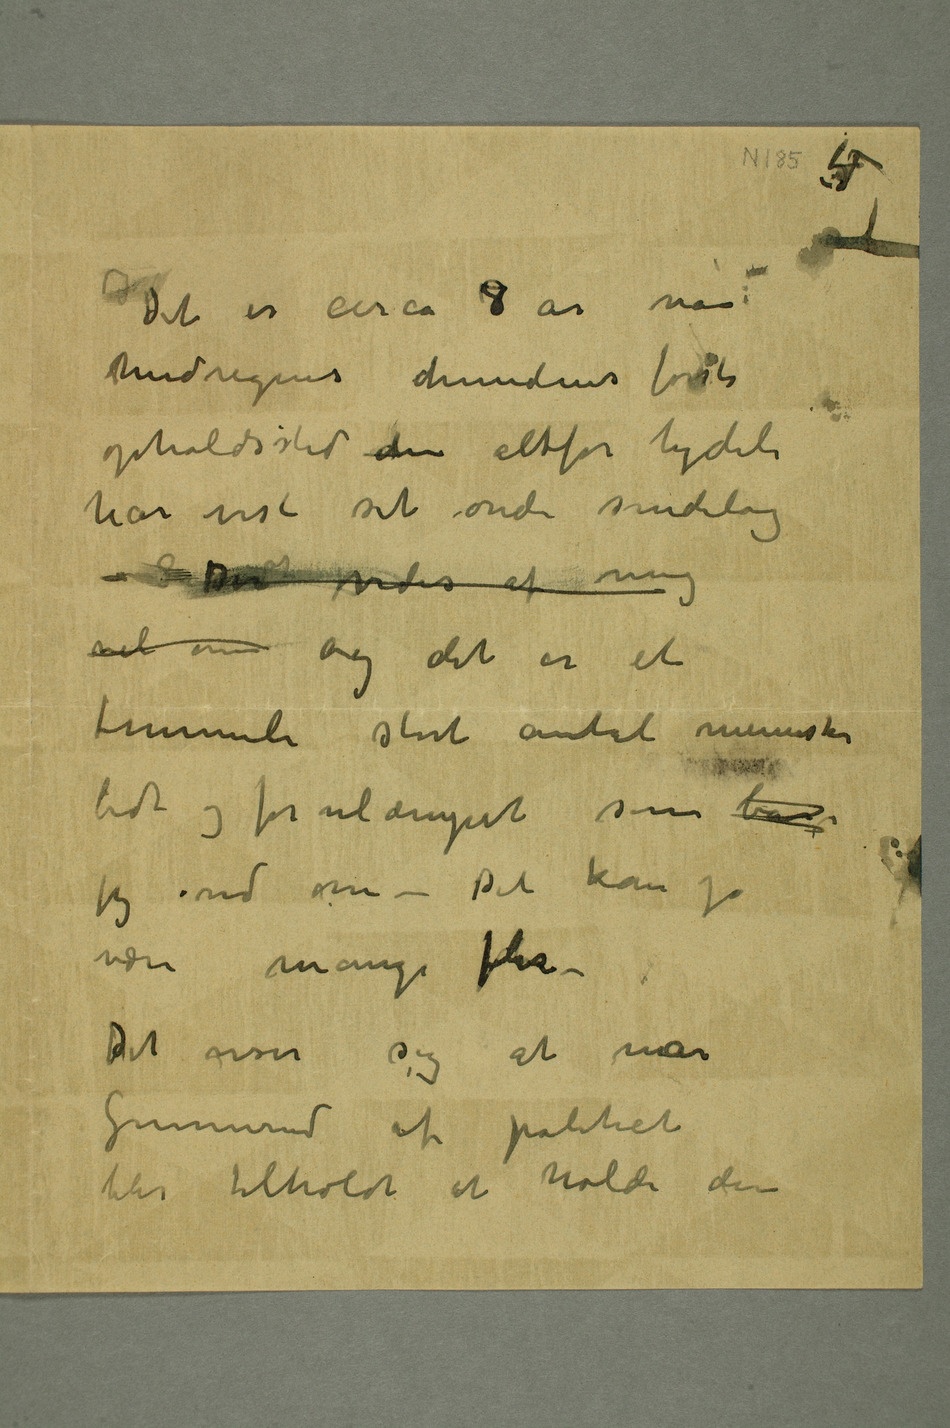
medregnes hundens første
opholdssted den altfor tydeli
har vist sit onde sindelag
– Der vides af mig
vel om og det er et
temmeli stort antal mennesker
bidt og forulæmpet som bare
jeg ved om – Det kan jo
være mange fler
Det viser sig at når
Gunnerud af politiet
blir tilholdt at holde den